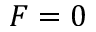
F = 0